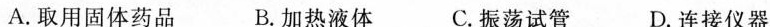
A.取用固体药品 B.加热液体 C.振荡试管 D.连接仪器